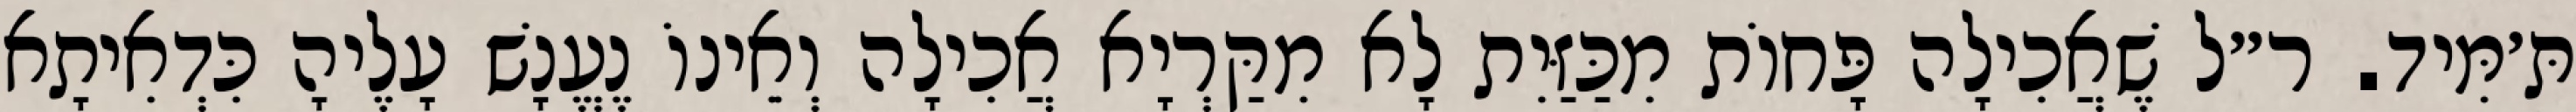
תּ׳מִּיד. ר״ל שֶׁאֲכִילָה פָּחוֹת מִכַּזַּיִת לָא מִקַּרְיָא אֲכִילָה וְאֵינוֹ נֶעֱנָשׁ עָלֶיהָ כִּדְאִיתָא